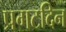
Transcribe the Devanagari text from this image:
प्रगटदिन